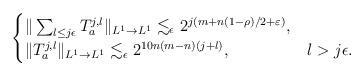
LaTeX: \begin{align*}\begin{cases}\|\sum_{l\le j\epsilon}T_a^{j, l}\|_{L^{1}\to L^{1}}\lesssim_{\epsilon} 2^{j(m+n(1-\rho)/2 + \varepsilon)},\\ \|T_a^{j, l}\|_{L^{1}\to L^{1}}\lesssim_{\epsilon}2^{10n(m-n)(j+l)},& l>j\epsilon.\end{cases}\end{align*}